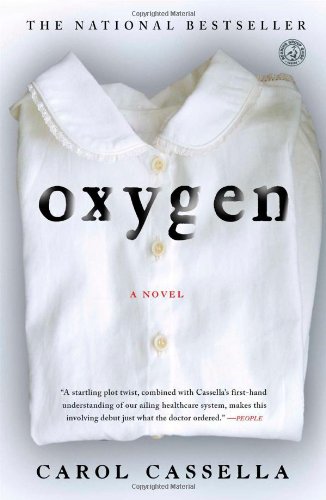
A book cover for Oxygen: A Novel; Carol Cassella; Literature & Fiction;